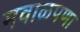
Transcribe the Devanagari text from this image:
मवाळपणा